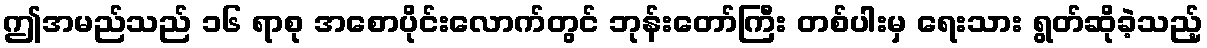
ဤအမည်သည် ၁၆ ရာစု အစောပိုင်းလောက်တွင် ဘုန်းတော်ကြီး တစ်ပါးမှ ရေးသား ရွတ်ဆိုခဲ့သည့်